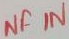
Text: NF IN